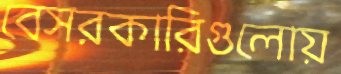
বেসরকারিগুলোয়